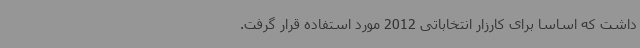
داشت که اساساً برای کارزار انتخاباتی 2012 مورد استفاده قرار گرفت.